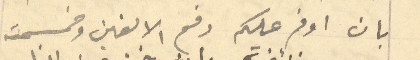
بان اوفر عليكم دفع الالفين وخمسمئة